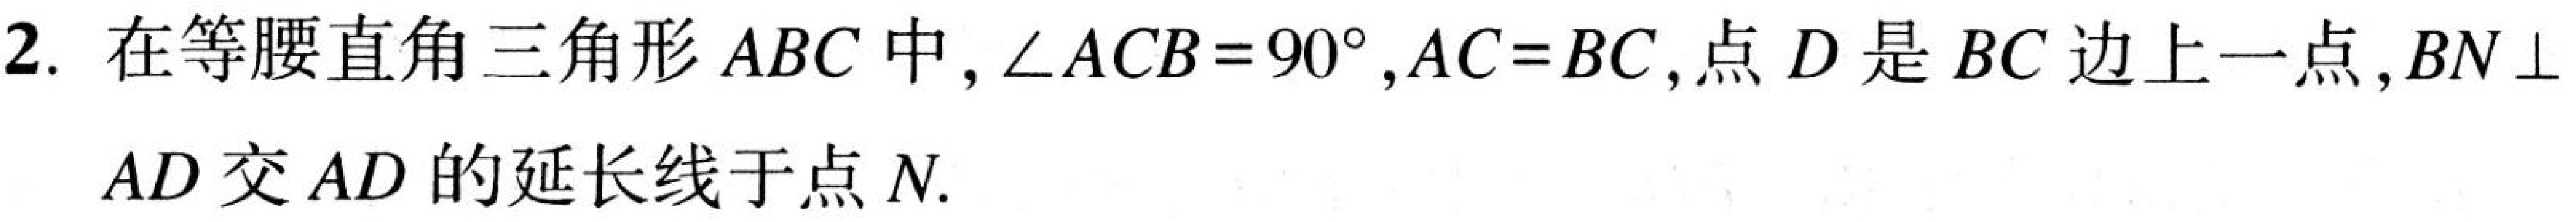
2. 在等腰直角三角形\(ABC\)中,\(\angle ACB = 90^{\circ},AC = BC\),点\(D\)是\(BC\)边上一点,\(BN\perp AD\)交\(AD\)的延长线于点\(N\).